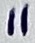
Text: 11